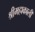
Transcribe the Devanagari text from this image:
श्रीमहाकाली